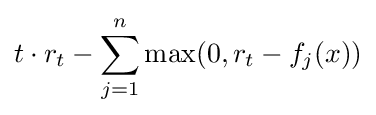
t\cdot r_{t}-\sum _{j=1}^{n}\max(0,r_{t}-f_{j}(x))